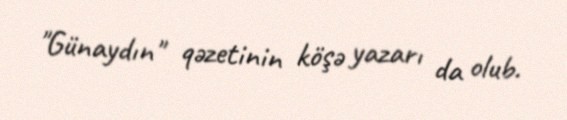
"Günaydın" qəzetinin köşə yazarı da olub.